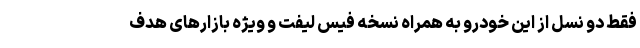
فقط دو نسل از این خودرو به همراه نسخه فیس لیفت و ویژه بازارهای هدف